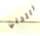
التحلي